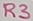
Text: R3